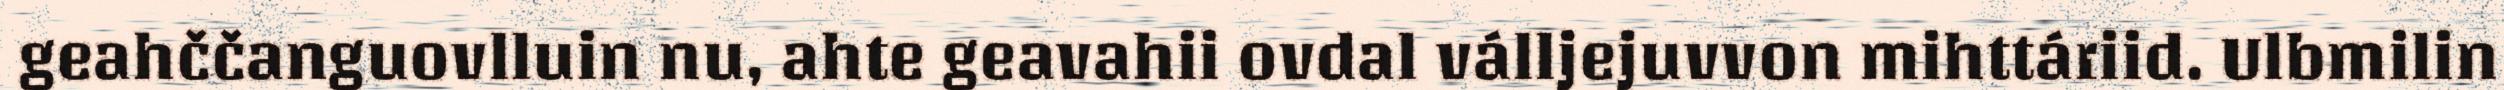
geahččanguovlluin nu, ahte geavahii ovdal válljejuvvon mihttáriid. Ulbmilin